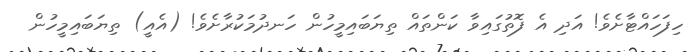
ހިފަހައްޓާށެވެ! އަދި އެ ފޮތުގައިވާ ކަންތައް ތިޔަބައިމީހުން ހަނދުމަކުރާށެވެ! (އެއީ) ތިޔަބައިމީހުން